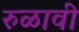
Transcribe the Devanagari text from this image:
रुळावी